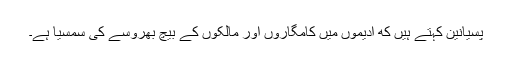
پسیانین کہتے ہیں که ادیموں میں کامگاروں اور مالکوں کے بیچ بھروسے کی سمسیا ہے۔